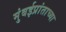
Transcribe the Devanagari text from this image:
मुंबईप्रांताच्या